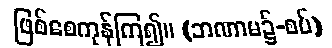
ဖြစ်စေကုန်ကြ၍။ (ဘဏာမ၌-စပ်)